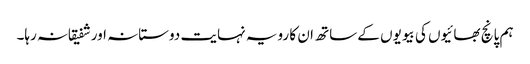
ہم پانچ بھائیوں کی بیویوں کے ساتھ ان کا رویہ نہایت دوستانہ اور شفیقانہ رہا۔